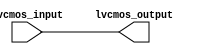
module lvcmos_buffer (
    input wire lvcmos_input,
    output wire lvcmos_output
);

assign lvcmos_output = lvcmos_input;

endmodule